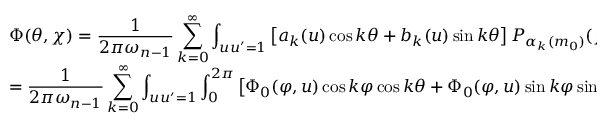
\begin{array} { l } { { \Phi ( \theta , \chi ) = \displaystyle \frac { 1 } { 2 \pi \omega _ { n - 1 } } \sum _ { k = 0 } ^ { \infty } \int _ { u u ^ { \prime } = 1 } \left[ a _ { k } ( u ) \cos k \theta + b _ { k } ( u ) \sin k \theta \right] P _ { \alpha _ { k } ( m _ { 0 } ) } ( \chi , u ) \dot { u } } } \\ { { = \displaystyle \frac { 1 } { 2 \pi \omega _ { n - 1 } } \sum _ { k = 0 } ^ { \infty } \int _ { u u ^ { \prime } = 1 } \int _ { 0 } ^ { 2 \pi } \left[ \Phi _ { 0 } ( \varphi , u ) \cos k \varphi \cos k \theta + \Phi _ { 0 } ( \varphi , u ) \sin k \varphi \sin k \theta \right] P _ { \alpha _ { k } ( m _ { 0 } ) } ( \chi , u ) d \varphi \dot { u } ~ , } } \end{array}